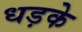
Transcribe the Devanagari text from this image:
धड़के